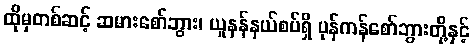
ထိုမှတစ်ဆင့် ဆမားစော်ဘွား၊ ယူနန်နယ်စပ်ရှိ ပုန်ကန်စော်ဘွားတို့နှင့်